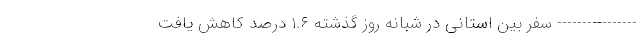
---------------- سفر بین استانی در شبانه روز گذشته ۱.۶ درصد کاهش یافت